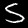
Digit: 5